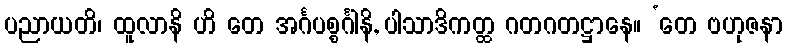
ပညာယတိ၊ ထူလာနိ ဟိ တေ အင်္ဂပစ္စင်္ဂါနိ, ပါသာဒိကတ္ထ ဂတဂတဋ္ဌာနေ။ ‘တေ ဗဟုဇနာ